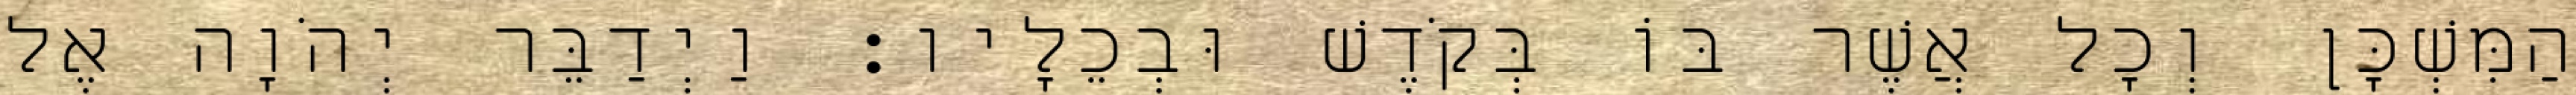
הַמִּשְׁכָּן וְכָל אֲשֶׁר בּוֹ בְּקֹדֶשׁ וּבְכֵלָיו׃ וַיְדַבֵּר יְהֹוָה אֶל